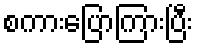
စကားပြောကြားပြီး